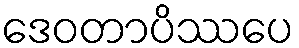
ဒေဝတာပိဿပေ